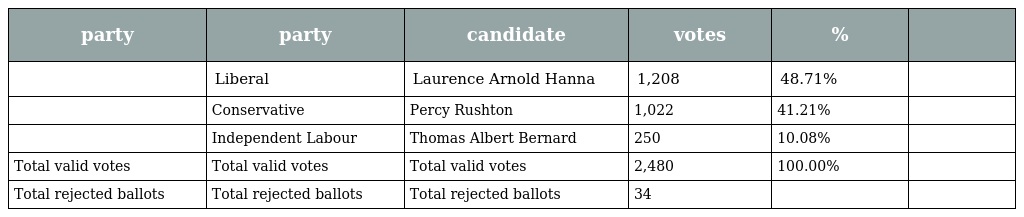
| party | party | candidate | votes | % |  |
 | --- | --- | --- | --- | --- | --- |
 |  | Liberal | Laurence Arnold Hanna | 1,208 | 48.71% |  |
 |  | Conservative | Percy Rushton | 1,022 | 41.21% |  |
 |  | Independent Labour | Thomas Albert Bernard | 250 | 10.08% |  |
 | Total valid votes | Total valid votes | Total valid votes | 2,480 | 100.00% |  |
 | Total rejected ballots | Total rejected ballots | Total rejected ballots | 34 |  |  |